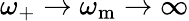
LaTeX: \omega_{+}\rightarrow\omega_{\mathrm{m}}\rightarrow\infty